Annual statistical returns and brief notes on vaccination in Bengal - 1896-1909
Year: 1896
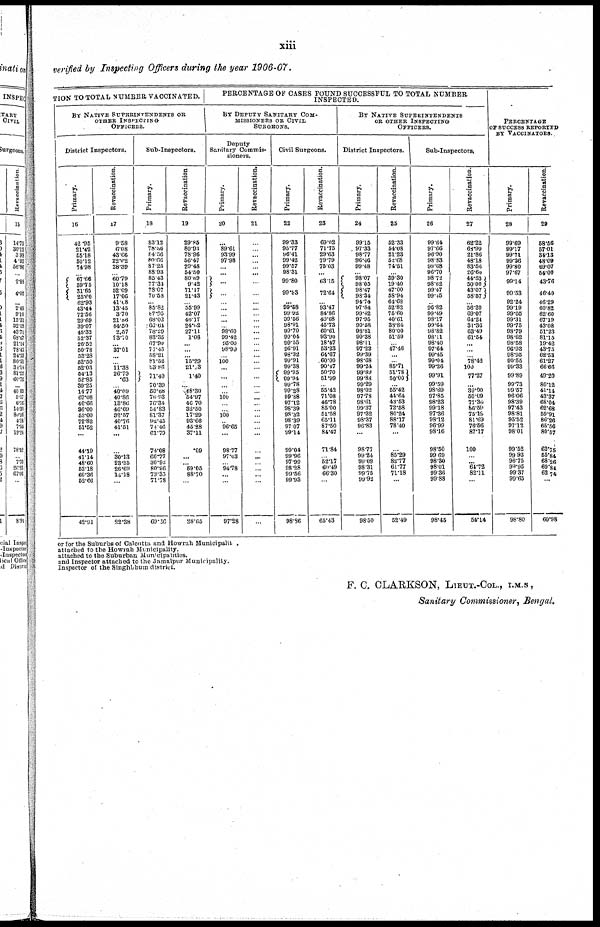
xiii
verified by Inspecting Officers during the year 1906-07.
TION TO TOTAL NUMBER VACCINATED.
BY NATIVE SUPERINTENDENTS OR
OTHER INSPECTING
OFFICERS.
District Inspectors.
Primary.
16
42.95
21.42
55.18
50.12
74.98
...
67.66
59.75
31.65
25.60
62.93
43.44
72.56
29.69
39.07
45.32
52.37
26.52
50.78
53.28
52.50
52.03
54.13
52.85
39.25
14.77
67.08
46.66
36.00
53.00
72.82
51.52
...
44.19
41.14
48.60
53.18
60.36
52.00
42.91
Revaccination.
17
9.58
6.08
43.66
22.62
28.39
... 60.79
10.18
52.09
17.06
41.08
13.45
3.70
21.86
44.50
2.57
23.70
... 37.01
...
... 11.38
26.79
.63
... 40.09
40.86
13.86
46.69
32.57
40.76
41.51
...
...
30.13
23.35
26.69
14.18
...
22.38
Sub-Inspectors.
Primary.
18
83.12
78.86
84.56
80.66
87.25
88.93
85.43
77.34
78.07
70.58
... 85.82
87.93
68.02
66.64
78.29
83.35
67.90
77.45
58.21
81.52
83.86
71.40
70.39
50.68
76.93
76.34
54.83
81.37
92.45
74. 46
61.79
74.08
66.77
30.92
80.96
73.35
71.78
69.36
Revaccination
19
29.85
80.03
78.96
56.47
29.48
54.50
80.69
9.42
71.17
21.43
... 55.99
42.07
46.17
24.02
27.11
1.08
...
...
... 15.29
21.13
1.40
... 68.30
54.97
46.70
32.50
17.29
93.66
45.28
37.11
.09
...
... 59.05
88.70
...
28.65
PERCENTAGE OF CASES FOUND SUCCESSFUL TO TOTAL NUMBER
INSPECTED.
BY DEPUTY SANITARY COM-
---------- OR CIVIL
SURGEONS.
Deputy
Sanitary Commis-
sioners.
Primary.
20
...
89.61
93.99
97.98
... ...
...
...
... ...
... ...
... 98.60
99.42
95.00
98.99
... 100
... ...
...
... 100
...
... 100
... 96.65
...
98.77
97.03
... 94.78
...
...
97.28
Revaccination.
21
...
...
... ...
... ...
...
...
... ...
...
...
... ...
...
...
...
...
...
...
...
...
...
...
...
... ...
...
... ...
...
...
...
...
...
...
...
Civil Surgeons.
Primary.
22
99.33
95.77
96.41
99.42
99.57
98.31
99.80
99.93
...
99.58
99.92
99.56
98.91
99.70
99.04
99.55
96.91
98.32
99.91
99.38
99.95
99.94
99.78
99.28
99.88
97.12
98.39
98.32
98.39
97.07
99.14
99.04
99.96
97.99
98.28
99.56
99.93
98.86
Revaccination.
23
69.02
71.75
29.63
79.79
75.03
...
63.15
72.64
... 93.47
84.86
40.68
45.73
60.61
93.90
18.47
53.23
64.67
60.00
90.47
50.70
51.99
... 55.42
71.08
46.78
85.00
51.58
65.11
87.50
84.47
71.84
... 52.17
60.49
66.30
...
65.43
BY NATIVE SUPERINTENDENTS
OR OTHER INSPECTING
OFFICERS.
District Inspectors.
Primary.
24
99.15
97.33
98.77
96.46
99.48
... 98.07
98.05
98.47
98.34
94.74
97.84
99.42
97.95
99.58
98.81
99.38
98.11
97.22
99.39
98.68
99.24
99.89
99.88
99.29
98.02
97.78
98.61
99.37
97.32
98.37
96.83
...
98.77
99.24
99.09
98.31
99.75
99.92
98.50
Revaccination.
25
52.33
54.08
21.23
52.68
74.51
... 39.30
19.40
47.00
58.94
64.68
52.82
75.60
40.61
33.84
80.00
51.59
... 47.46
...
... 85.71
51.78
50.00
... 55.42
44.64
43.53
72.58
80.24
88.17
78.40
...
...
85.29
82.77
61.77
71.18
...
52.49
Sub-Inspectors.
Primary.
26
99.64
97.66
96.90
98.83
99.68
96.70
98.72
98.62
99.47
99.45
... 96.82
99.49
98.17
99.64
98.82
98.11
98.40
97.64
99.45
99.04
99.26
99.91
99.59
98.69
97.85
98.23
99.18
97.36
98.12
96.99
98.16
98.50
99.69
98.30
98.01
99.36
99.88
98.45
Revaccination.
27
62.22
68.99
21.86
48.18
83.56
26.60
44.63
50.00
43.07
58.57
... 56.20
69.07
64.24
31.36
63.49
61.54
...
...
... 78.42
100
77.27
... 39.00
50.09
77.34
86.59
75.19
81.69
76.56
87.17
100
... ... 64.72
82.11
...
54.14
PERCENTAGE
OF SUCCESS REPORTED
BY VACCINATORS.
Primary.
28
99.69
99.17
99.71
99.36
99.80
97.67
99.14
99.53
92.24
99.19
99.05
99.31
99.75
98.79
98.62
98.58
96.93
98.95
99.55
99.33
99.89
99.73
99.57
96.06
98.39
97.43
98.81
95.52
97.12
98.01
99.52
99.93
96.75
99.95
99.37
99.65
98.80
Revaccination.
29
58.56
57.01
34.13
48.09
69.07
54.00
43.76
46.40
46.29
60.82
62.60
67.19
43.08
51.23
81.15
19.42
43.75
62.53
61.27
66.66
49.20
80.12
41.14
43.37
68.04
62.68
59.91
86.26
65.56
80.57
62.75
55.84
68.26
69.84
62.74
...
60.98
or for the Suburbs of Calcutta and Howrah Municipality
attached to the Howrah Municipality.
attached to the Suburban Municipalities.
and Inspector attached to the Jamalpur Municipality.
Inspector of the Singhbhum district.
F. C. CLARKSON, LIEUT.-COL., I.M.S.,
Sanitary Commissioner, Bengal.